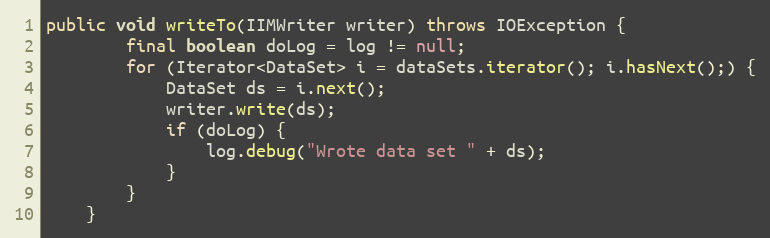
Language: Java
public void writeTo(IIMWriter writer) throws IOException {
		final boolean doLog = log != null;
		for (Iterator<DataSet> i = dataSets.iterator(); i.hasNext();) {
			DataSet ds = i.next();
			writer.write(ds);
			if (doLog) {
				log.debug("Wrote data set " + ds);
			}
		}
	}